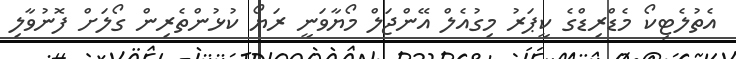
އެތުލެޓިކޯ މެޑްރިޑްގެ ކީޕަރު މިގުއެލް އޭންޖަލް މޯޔާވަނީ ރަޔޯ ކުޅުންތެރިން ގޯލަށް ފޮނުވާލި